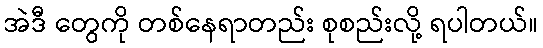
အဲဒီ တွေကို တစ်နေရာတည်း စုစည်းလို့ ရပါတယ်။